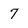
Character: 7